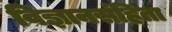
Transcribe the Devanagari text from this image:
विज्ञानसंहिता